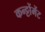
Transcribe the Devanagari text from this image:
कन्ट्टोंमेंट